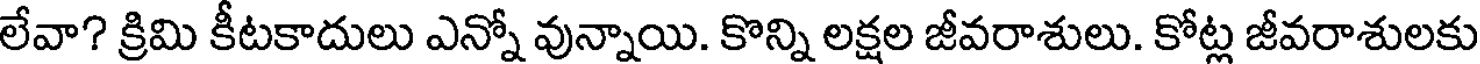
లేవా? క్రిమి కీటకాదులు ఎన్నో వున్నాయి. కొన్ని లక్షల జీవరాశులు. కోట్ల జీవరాశులకు